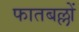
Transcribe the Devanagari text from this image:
फातबल्लों